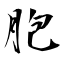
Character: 胞